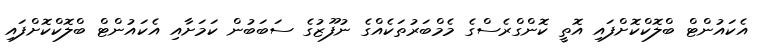
އެކައުންޓް ބްލޮކްކޮށްފައި އޮތީ ކޮންގްރެސްގެ މެމްބަރުތަކެއްގެ ނުފޫޒުގެ ސަބަބުން ކަމަށާއި އެކައުންޓް ބްލޮކްކޮށްފައި